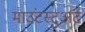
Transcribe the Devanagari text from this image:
माउंटस्टुअर्ट